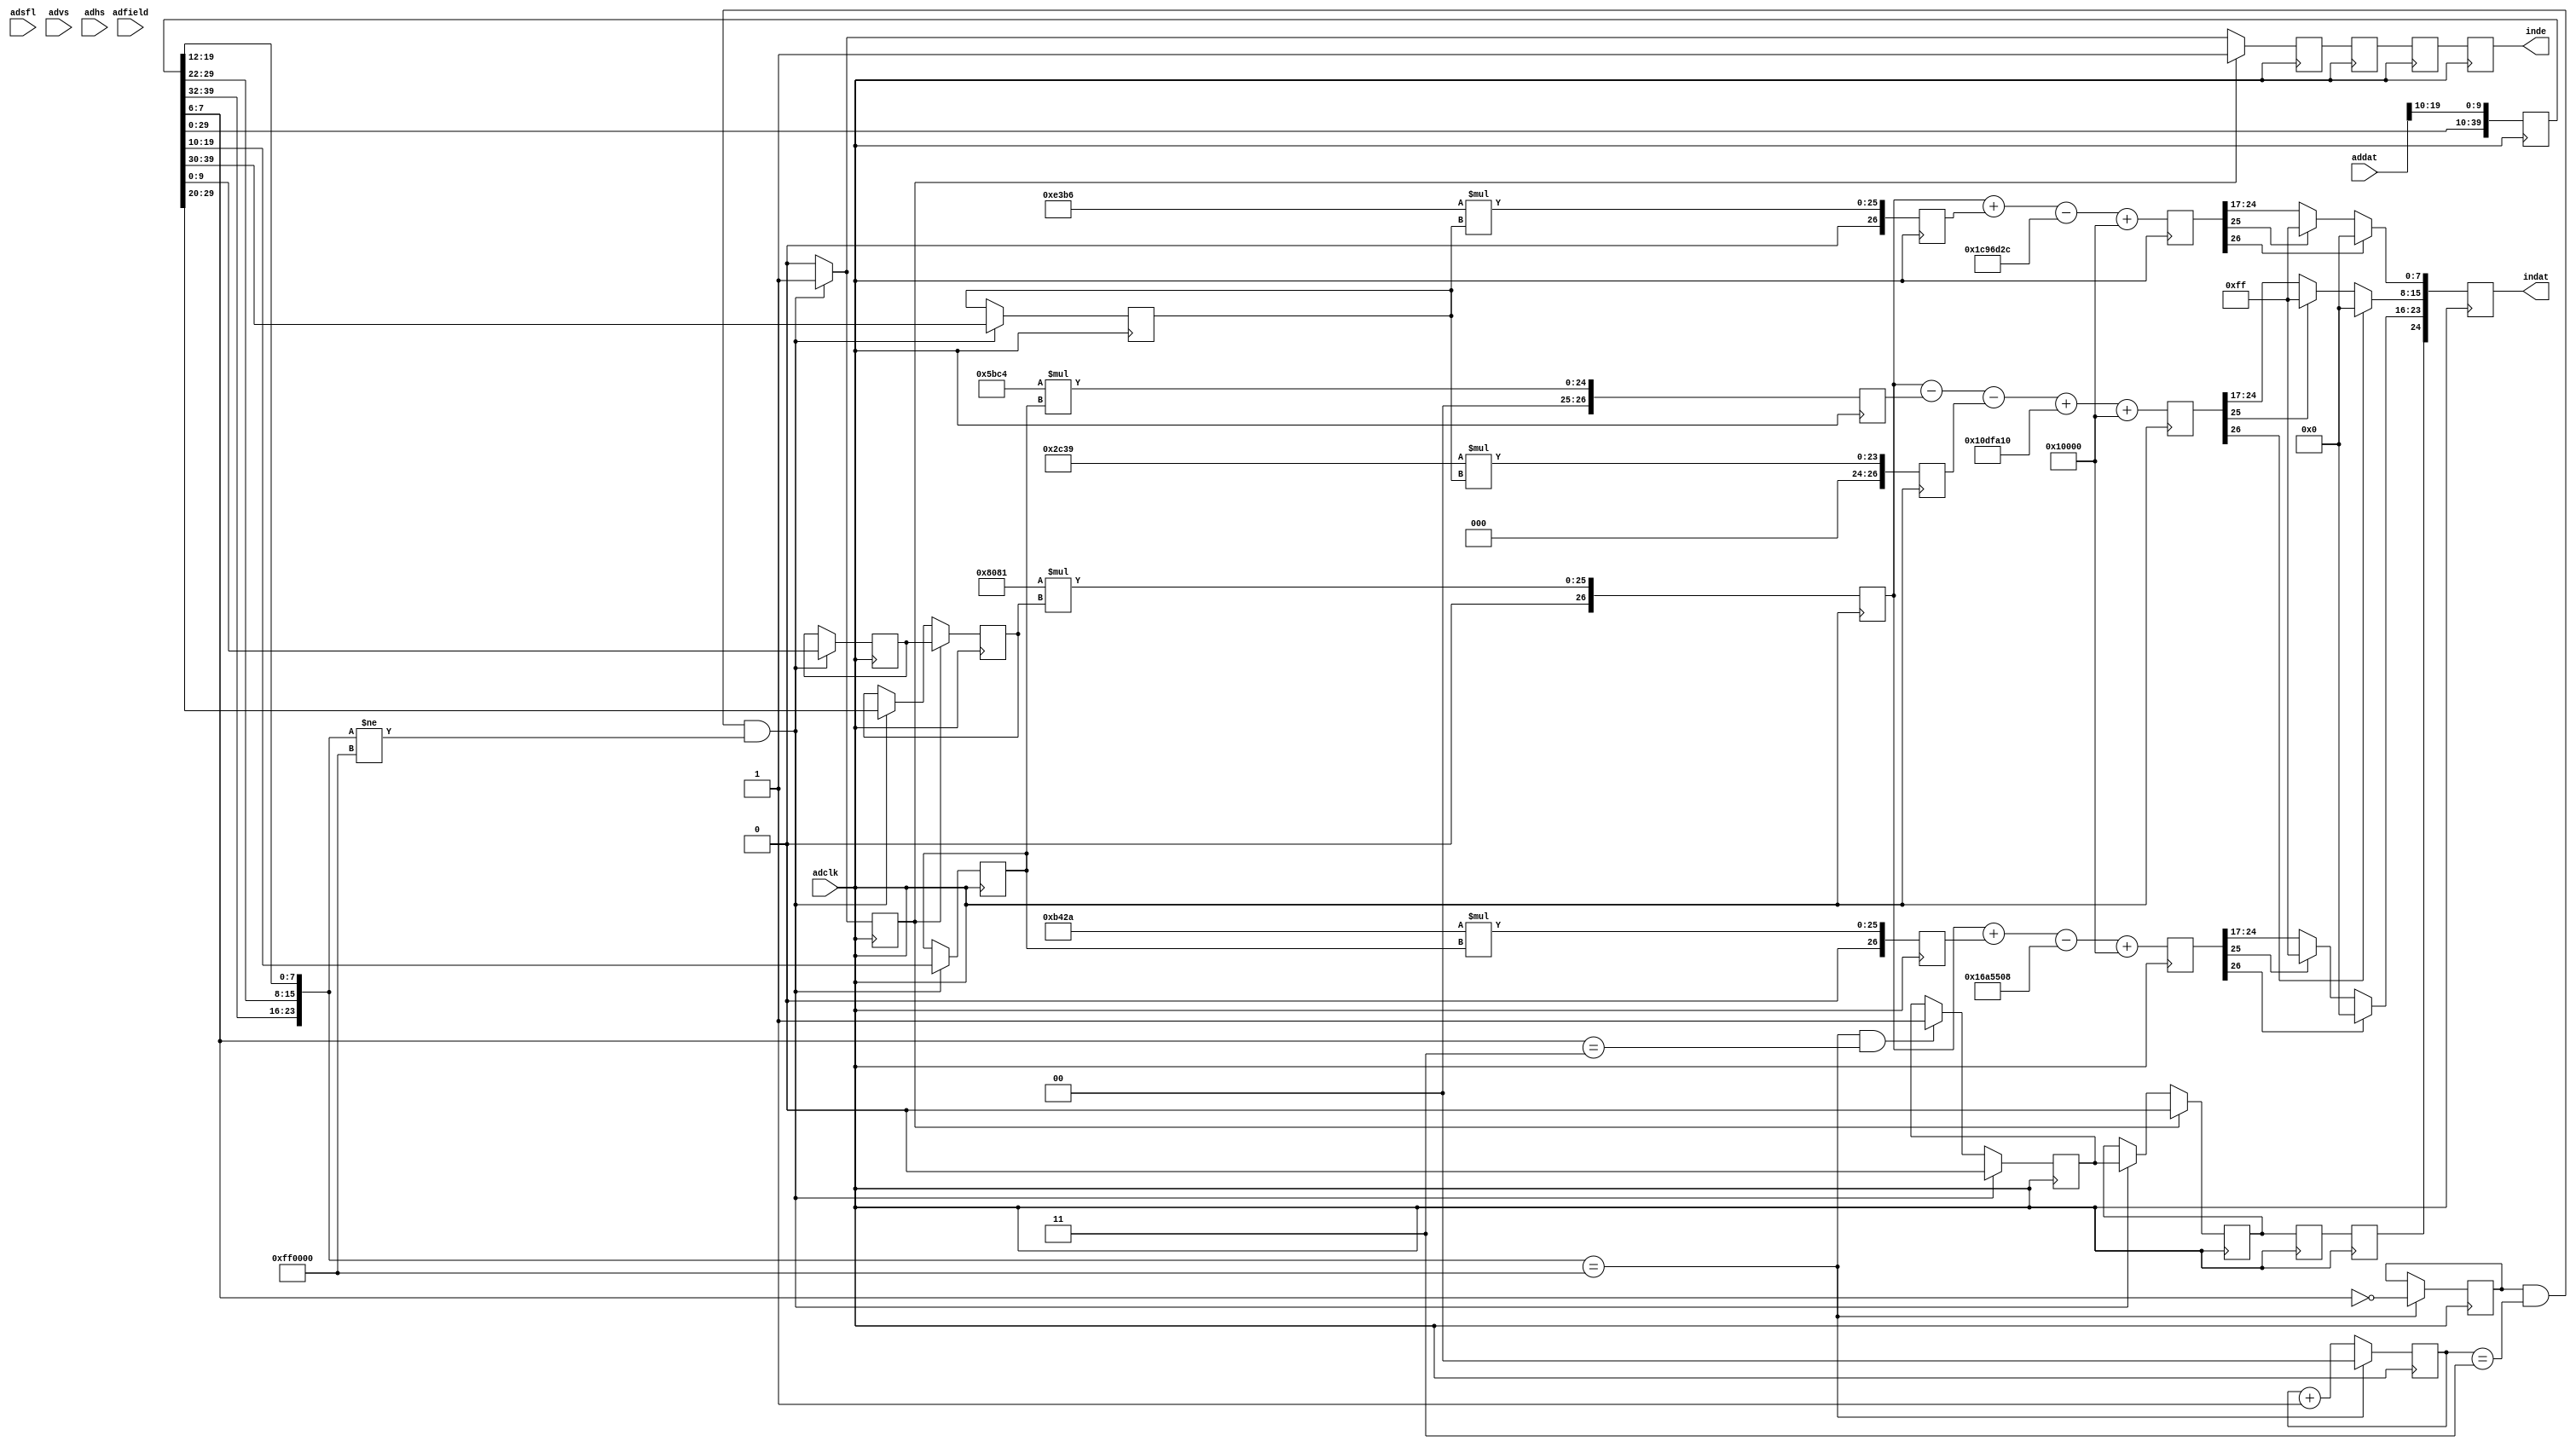
module addat(
	input wire adclk,
	input wire adsfl,
	input wire advs,
	input wire adhs,
	input wire adfield,
	input wire [19:0] addat,
	output reg inde,
	output reg [24:0] indat
);

	reg [39:0] sr;
	reg [1:0] ctr;
	reg act;
	reg start;
	
	initial begin
		start = 0;
	end
	
	always @(posedge adclk) begin
		sr <= {sr[29:0], addat[19:10]};
		if({sr[39:32], sr[29:22], sr[19:12]} == 24'hFF0000) begin
			act <= sr[7:6] == 0;
			ctr <= 0;
		end else
			ctr <= ctr + 1;
	end
	
	reg aact, aact_;
	reg async;
	reg [9:0] ay, ay_, acb, acr;
	always @(posedge adclk) begin
		aact <= 0;
		aact_ <= 0;
		if({sr[39:32], sr[29:22], sr[19:12]} == 24'hFF0000 && sr[7:6] == 2'b11)
			start <= 1;
		if(act && ctr == 3 && {sr[39:32], sr[29:22], sr[19:12]} != 24'hFF0000) begin
			aact <= 1;
			aact_ <= 1;
			ay <= sr[29:20];
			ay_ <= sr[9:0];
			acb <= sr[39:30];
			acr <= sr[19:10];
			async <= start;
			start <= 0;
		end
		if(aact_) begin
			aact <= 1;
			ay <= ay_;
			async <= 0;
		end
	end
	
	reg [35:0] bsy, bscr0, bscb0, bscr1, bscb1;
	reg [37:0] cr, cg, cb;
	reg bact, cact;
	reg bsync, csync;
	
	always @(posedge adclk) begin
		bsy <= 32897 * ay;
		bscr0 <= 46122 * acr;
		bscr1 <= 23492 * acr;
		bscb0 <= 58294 * acb;
		bscb1 <= 11321 * acb;
		bact <= aact;
		bsync <= async;
		cr <= bsy + bscr0 - 23745800 + (1<<16);
		cb <= bsy + bscb0 - 29977900 + (1<<16);
		cg <= bsy - bscr1 - bscb1 + 17693200 + (1<<16);
		cact <= bact;
		csync <= bsync;
		indat[7:0] <= cb[26] ? 0 : cb[25] ? 255 : cb[24:17];
		indat[15:8] <= cg[26] ? 0 : cg[25] ? 255 : cg[24:17];
		indat[23:16] <= cr[26] ? 0 : cr[25] ? 255 : cr[24:17];
		indat[24] <= csync;
		inde <= cact;
	end

endmodule